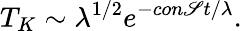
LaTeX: T_{K}\sim\lambda^{1/2}e^{-con\mathscr{S}t/\lambda}.